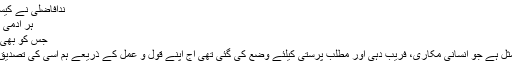
ندافاضلی نے کیسی درست عکاسی کی ہے ؎
ہر آدمی میں ہوتے ہیں دس بیس آدمی
جس کو بھی دیکھنا ہے کئی بار دیکھئے
جیسا دیس ویسا بھیس ایک مثل ہے جو انسانی مکاری، فریب دہی اور مطلب پرستی کیلئے وضع کی گئی تھی آج اپنے قول و عمل کے ذریعے ہم اسی کی تصدیق و تائید کرتے نظر آتے ہیں۔